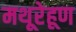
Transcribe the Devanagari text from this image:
मथूरेहूण